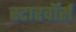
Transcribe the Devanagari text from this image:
स्टारवॉर्स